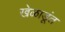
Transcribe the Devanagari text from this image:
खेळाडूंत